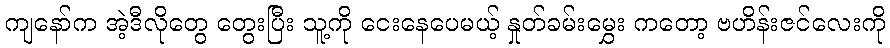
ကျနော်က အဲ့ဒီလိုတွေ တွေးပြီး သူ့ကို ငေးနေပေမယ့် နှုတ်ခမ်းမွှေး ကတော့ ဗဟိန်းဇင်လေးကို